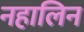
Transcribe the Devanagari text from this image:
नहालिन